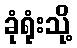
ခုံရုံးသို့